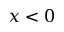
x < 0